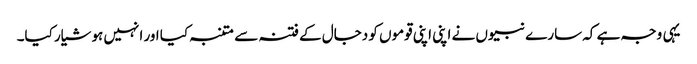
یہی وجہ ہے کہ سارے نبیوں نے اپنی اپنی قوموں کو دجال کے فتنہ سے متنبہ کیا اور انہیں ہوشیار کیا۔